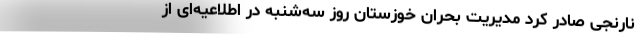
نارنجی صادر کرد مدیریت بحران خوزستان روز سه‌شنبه در اطلاعیه‌ای از